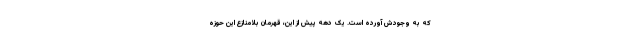
که به وجودش آورده است. یک دهه پیش از این، قهرمان بلامنازع این حوزه